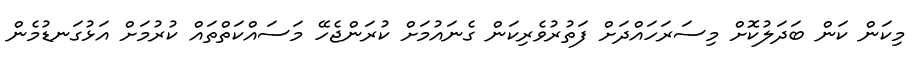
މިކަން ކަން ބަދަލުކޮށް މިސަރަހައްދަށް ފަތުރުވެރިކަން ގެނައުމަށް ކުރަންޖެހޭ މަސައްކަތްތައް ކުރުމަށް އަޅުގަނޑުމެން